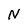
Character: N